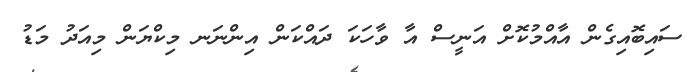
ސައިބޮއިގެން އާއްމުކޮށް އަނީސް އާ ވާހަކަ ދައްކަން އިންނަނ މިކްޔަން މިއަދު މަޑު